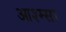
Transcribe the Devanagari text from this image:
आश्म्सा